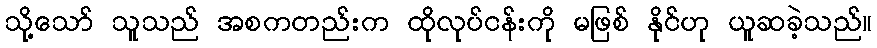
သို့သော် သူသည် အစကတည်းက ထိုလုပ်ငန်းကို မဖြစ် နိုင်ဟု ယူဆခဲ့သည်။